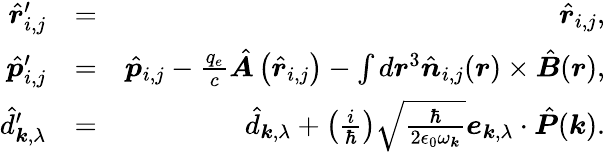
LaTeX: \begin{array}{rlr}{\hat{\boldsymbol r}_{i,j}^{\prime}}&{=}&{\hat{\boldsymbol r}_{i,j},}\\ {\hat{\boldsymbol p}_{i,j}^{\prime}}&{=}&{\hat{\boldsymbol p}_{i,j}-\frac{q_{e}}{c}\hat{\boldsymbol A}\left(\hat{\boldsymbol r}_{i,j}\right)-\int d\boldsymbol r^{3}\hat{\boldsymbol n}_{i,j}(\boldsymbol r)\times\hat{\boldsymbol B}(\boldsymbol r),}\\ {\hat{d}_{\boldsymbol k,\lambda}^{\prime}}&{=}&{\hat{d}_{\boldsymbol k,\lambda}+\left(\frac{i}{\hbar}\right)\sqrt{\frac{\hbar}{2\epsilon_{0}\omega_{\boldsymbol k}}}{\boldsymbol e}_{\boldsymbol k,\lambda}\cdot\hat{\boldsymbol P}(\boldsymbol k).}\end{array}